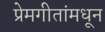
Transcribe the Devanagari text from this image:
प्रेमगीतांमधून